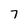
Character: 7